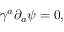
\gamma ^ { a } \partial _ { a } \psi = 0 ,